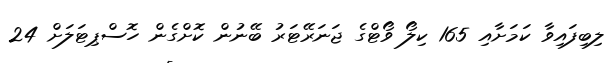
ލިބިފައިވާ ކަމަށާއި 165 ކިލޯ ވޯޓްގެ ޖަނަރޭޓަރު ބޭނުން ކޮށްގެން ހޮސްޕިޓަލަށް 24